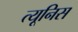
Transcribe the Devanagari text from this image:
त्यूनिस